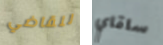
للقاضي ساقاي